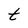
Character: t